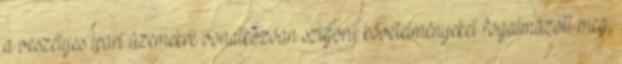
a veszélyes ipari üzemekre vonatkozóan szigorú követelményeket fogalmazott meg,